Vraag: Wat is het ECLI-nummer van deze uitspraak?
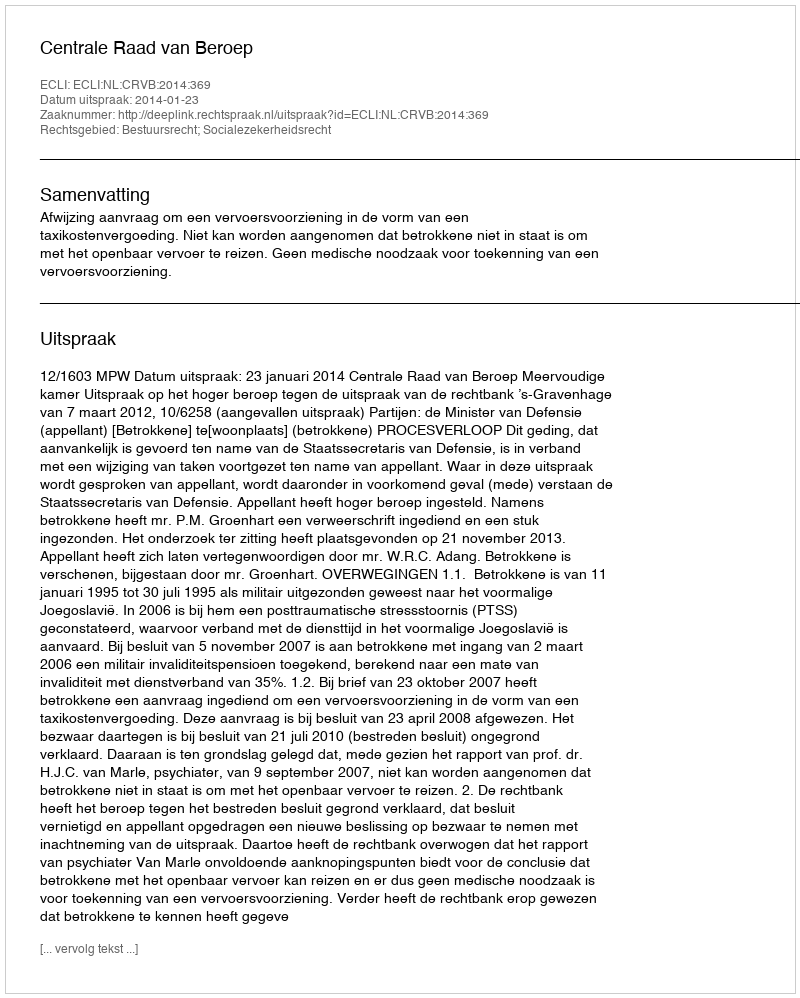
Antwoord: ECLI:NL:CRVB:2014:369